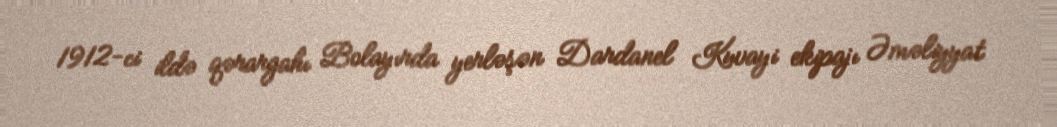
1912-ci ildə qərargahı Bolayırda yerləşən Dardanel Kuvayi ekipajı Əməliyyat